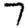
Digit: 7